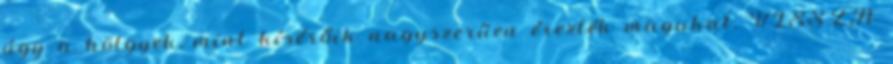
úgy a hölgyek, mint kísérőik nagyszerűen érezték magukat. VISSZA